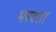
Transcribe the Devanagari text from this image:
भरवता